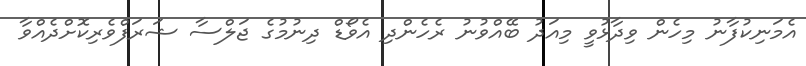
އެމަނިކުފާނު މިހެން ވިދާޅުވީ މިއަދު ބޭއްވުނު ރެހެންދި އެވޯޑް ދިނުމުގެ ޖަލްސާ ޝަރަފްވެރިކޮށްދެއްވާ